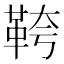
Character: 𩊓